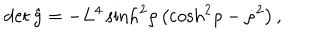
\det \hat { g } = - L ^ { 4 } \sinh ^ { 2 } \! \rho \left( \cosh ^ { 2 } \! \rho - { \dot { \rho } } ^ { 2 } \right) ,